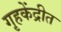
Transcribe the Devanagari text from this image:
गृहकेंद्रीत